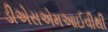
ડીએસએમઆઈવીથી